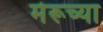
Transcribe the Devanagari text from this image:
मेरूच्या